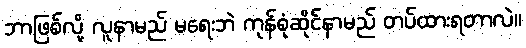
ဘာဖြစ်လို့ လူနာမည် မရေးဘဲ ကုန်စုံဆိုင်နာမည် တပ်ထားရတာလဲ။